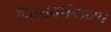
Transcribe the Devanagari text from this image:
हितसंवर्धनाच्या